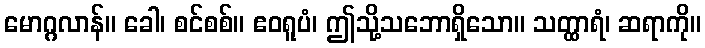
မောဂ္ဂလာန်။ ခေါ၊ စင်စစ်။ ဧဝရူပံ၊ ဤသို့သဘောရှိသော။ သတ္ထာရံ၊ ဆရာကို။